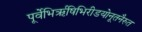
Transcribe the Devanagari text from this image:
पूर्वेभिर्ऋषिभिरीडयोनूतनैरुत